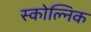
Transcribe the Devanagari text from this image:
स्कोल्निक